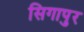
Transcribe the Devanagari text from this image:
सिगापुर